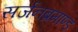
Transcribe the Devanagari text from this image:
सर्जनब्रमाण्ड